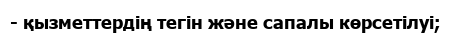
- қызметтердің тегін және сапалы көрсетілуі;